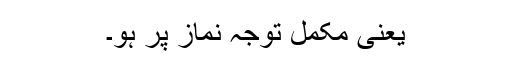
یعنی مکمل توجہ نماز پر ہو۔